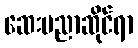
ဆေးပညာဆိုင်ရာ